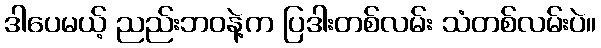
ဒါပေမယ့် ညည်းဘဝနဲ့က ပြဒါးတစ်လမ်း သံတစ်လမ်းပဲ။